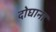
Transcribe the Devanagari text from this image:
दोघाना